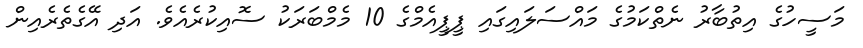
މަސީހުގެ އިތުބާރު ނެތްކަމުގެ މައްސަލައިގައި ޕީޕީއެމްގެ 10 މެމްބަރަކު ސޮއިކުރެއެވެ. އަދި އޭގެތެރެއިން